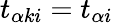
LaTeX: t_{\alpha ki}=t_{\alpha i}